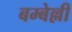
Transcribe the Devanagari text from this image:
बम्बेल्ली